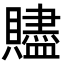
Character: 贐